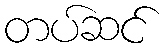
တပ်ဆင်